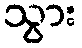
သွား